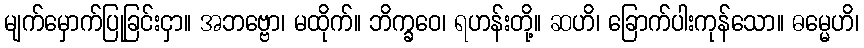
မျက်မှောက်ပြုခြင်းငှာ။ အဘဗ္ဗော၊ မထိုက်။ ဘိက္ခဝေ၊ ရဟန်းတို့။ ဆဟိ၊ ခြောက်ပါးကုန်သော။ ဓမ္မေဟိ၊